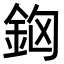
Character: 𨥸